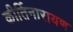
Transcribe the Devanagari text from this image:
कीर्तिनारायण